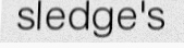
sledge's